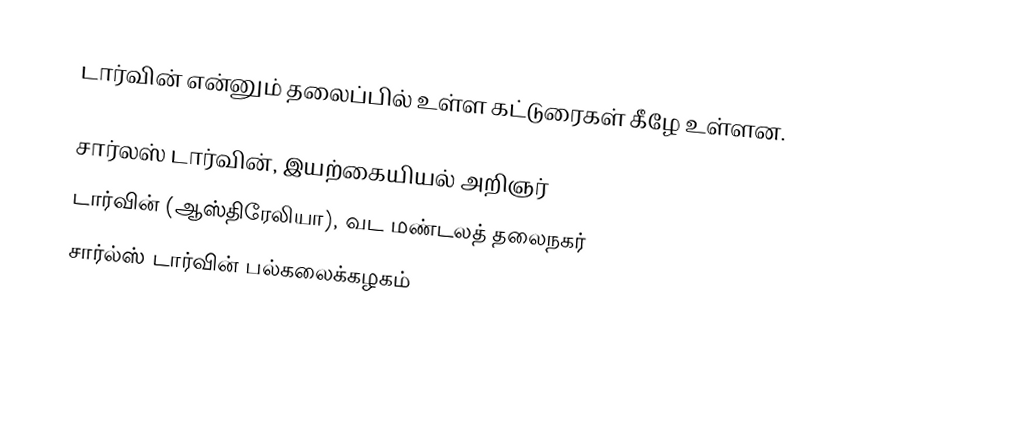
டார்வின் என்னும் தலைப்பில் உள்ள கட்டுரைகள் கீழே உள்ளன.

 சார்லஸ் டார்வின், இயற்கையியல் அறிஞர்
 டார்வின் (ஆஸ்திரேலியா), வட மண்டலத் தலைநகர்
 சார்ல்ஸ் டார்வின் பல்கலைக்கழகம்